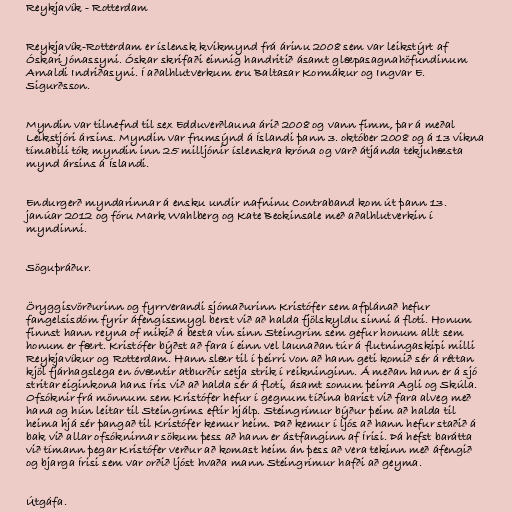
Reykjavík - Rotterdam

Reykjavík-Rotterdam er íslensk kvikmynd frá árinu 2008 sem var leikstýrt af
Óskari Jónassyni. Óskar skrifaði einnig handritið ásamt glæpasagnahöfundinum
Arnaldi Indriðasyni. Í aðalhlutverkum eru Baltasar Kormákur og Ingvar E.
Sigurðsson.

Myndin var tilnefnd til sex Edduverðlauna árið 2008 og vann fimm, þar á meðal
Leikstjóri ársins. Myndin var frumsýnd á Íslandi þann 3. október 2008 og á 13 vikna
tímabili tók myndin inn 25 milljónir íslenskra króna og varð átjánda tekjuhæsta
mynd ársins á Íslandi.

Endurgerð myndarinnar á ensku undir nafninu Contraband kom út þann 13.
janúar 2012 og fóru Mark Wahlberg og Kate Beckinsale með aðalhlutverkin í
myndinni.

Söguþráður.

Öryggisvörðurinn og fyrrverandi sjómaðurinn Kristófer sem afplánað hefur
fangelsisdóm fyrir áfengissmygl berst við að halda fjölskyldu sinni á floti. Honum
finnst hann reyna of mikið á besta vin sinn Steingrím sem gefur honum allt sem
honum er fært. Kristófer býðst að fara í einn vel launaðan túr á flutningaskipi milli
Reykjavíkur og Rotterdam. Hann slær til í þeirri von að hann geti komið sér á réttan
kjöl fjárhagslega en óvæntir atburðir setja strik í reikninginn. Á meðan hann er á sjó
stritar eiginkona hans Íris við að halda sér á floti, ásamt sonum þeirra Agli og Skúla.
Ofsóknir frá mönnum sem Kristófer hefur í gegnum tíðina barist við fara alveg með
hana og hún leitar til Steingríms eftir hjálp. Steingrímur býður þeim að halda til
heima hjá sér þangað til Kristófer kemur heim. Það kemur í ljós að hann hefur staðið á
bak við allar ofsóknirnar sökum þess að hann er ástfanginn af Írisi. Þá hefst barátta
við tímann þegar Kristófer verður að komast heim án þess að vera tekinn með áfengið
og bjarga Írisi sem var orðið ljóst hvaða mann Steingrímur hafði að geyma.

Útgáfa.